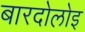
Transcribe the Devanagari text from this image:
बारदोलोइ